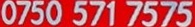
0750 571 7575